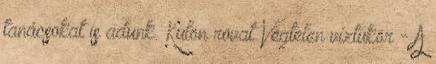
tanácsokat is adunk. Külön rovat Végtelen víztükör - A